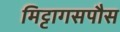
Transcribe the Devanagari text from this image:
मिट्टागसपौस